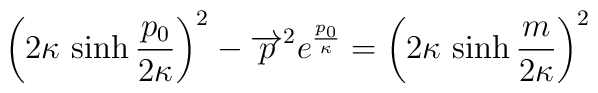
\left(2 \kappa \, \sinh {\frac{p_{0} }{2\kappa}}\right)^{2}- \overrightarrow{p}^{2} e^{{\frac{p_{0}}{\kappa}}} = \left(2 \kappa \, \sinh {\frac{m}{2\kappa}}\right)^{2}